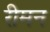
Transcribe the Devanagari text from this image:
रीमन